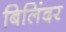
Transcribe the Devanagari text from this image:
बिलिंदर